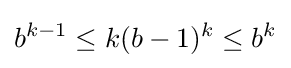
b^{k-1}\leq k(b-1)^{k}\leq b^{k}